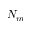
N _ { m }